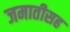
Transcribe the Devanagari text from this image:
जमातीसह